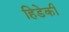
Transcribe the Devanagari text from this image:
हिडेकी